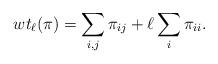
LaTeX: \begin{gather*}wt_{\ell}(\pi)= \sum_{i,j} \pi_{ij} + \ell \sum_i \pi_{ii}.\end{gather*}